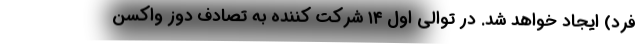
فرد) ایجاد خواهد شد. در توالی اول ۱۴ شرکت کننده به تصادف دوز واکسن